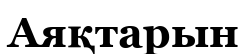
Аяқтарын